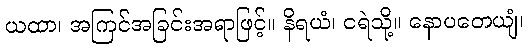
ယထာ၊ အကြင်အခြင်းအရာဖြင့်။ နိရယံ၊ ငရဲသို့။ နောပတေယျံ၊